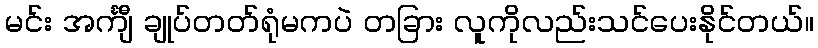
မင်း အင်္ကျီ ချုပ်တတ်ရုံမကပဲ တခြား လူကိုလည်းသင်ပေးနိုင်တယ်။